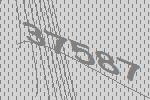
37587